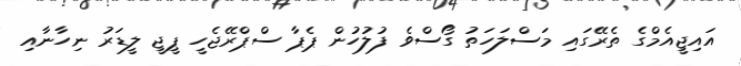
އައިޖީއެމްގެ ތެރޭގައި މަސްލަހަތު ގޯސްވެ ފުލުހުން ޕެޕާ ސްޕްރޭޖެހީ ޕީޖީ ލީޑަރު ނިހާނާއި